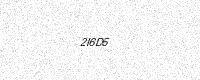
Text: 2I6D5